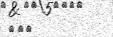
١٠٩